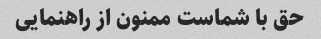
حق با شماست ممنون از راهنمایی